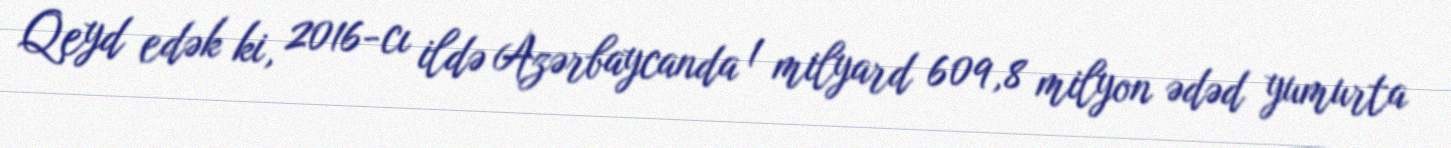
Qeyd edək ki, 2016-cı ildə Azərbaycanda 1 milyard 609,8 milyon ədəd yumurta